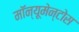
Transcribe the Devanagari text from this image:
मॉन्यूमेन्टोस